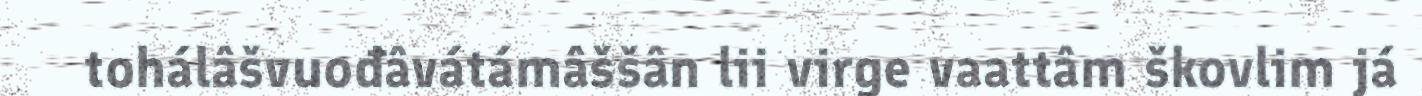
tohálâšvuođâvátámâššân lii virge vaattâm škovlim já